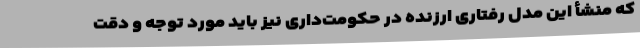
که منشأ این مدل رفتاری ارزنده در حکومت‌داری نیز باید مورد توجه و دقت